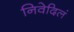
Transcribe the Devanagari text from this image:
निवेदिलं